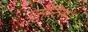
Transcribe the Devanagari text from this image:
नूसेन्टिस्म